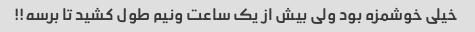
خیلی خوشمزه بود ولی بیش از یک ساعت ونیم طول کشید تا برسه!!